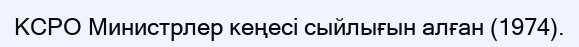
КСРО Министрлер кеңесі сыйлығын алған (1974).